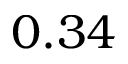
0 . 3 4